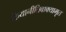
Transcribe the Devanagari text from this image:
क्रियानीतिवाक्यामृत